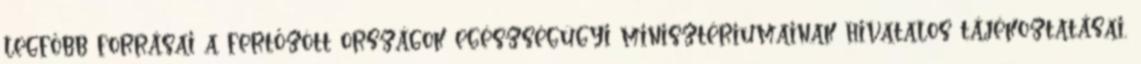
legfőbb forrásai a fertőzött országok egészségügyi minisztériumainak hivatalos tájékoztatásai,